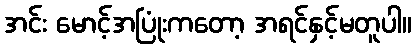
အင်း မောင့်အပြုံးကတော့ အရင်နှင့်မတူပါ။